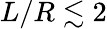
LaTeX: L/R\lesssim 2